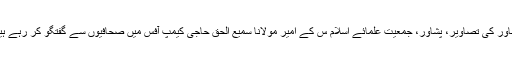
پشاور کی تصاویر، پشاور، جمعیت علمائے اسلام س کے امیر مولانا سمیع الحق حاجی کیمپ آفس میں صحافیوں سے گفتگو کر رہے ہیں۔